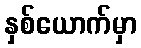
နှစ်ယောက်မှာ